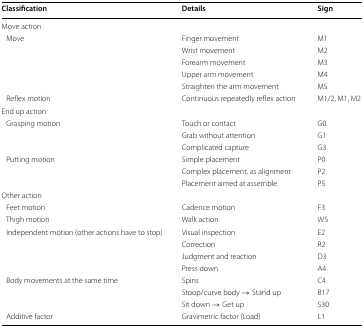
<table><thead><tr><td><b>Classification</b></td><td><b>Details</b></td><td><b>Sign</b></td></tr></thead><tbody><tr><td colspan="3">Move action</td></tr><tr><td rowspan="5"> Move</td><td>Finger movement</td><td>M1</td></tr><tr><td>Wrist movement</td><td>M2</td></tr><tr><td>Forearm movement</td><td>M3</td></tr><tr><td>Upper arm movement</td><td>M4</td></tr><tr><td>Straighten the arm movement</td><td>M5</td></tr><tr><td> Reflex motion</td><td>Continuous repeatedly reflex action</td><td>M1/2, M1, M2</td></tr><tr><td colspan="3">End up action</td></tr><tr><td rowspan="3"> Grasping motion</td><td>Touch or contact</td><td>G0</td></tr><tr><td>Grab without attention</td><td>G1</td></tr><tr><td>Complicated capture</td><td>G3</td></tr><tr><td rowspan="3"> Putting motion</td><td>Simple placement</td><td>P0</td></tr><tr><td>Complex placement, as alignment</td><td>P2</td></tr><tr><td>Placement aimed at assemble</td><td>P5</td></tr><tr><td colspan="3">Other action</td></tr><tr><td> Feet motion</td><td>Cadence motion</td><td>F3</td></tr><tr><td> Thigh motion</td><td>Walk action</td><td>W5</td></tr><tr><td rowspan="4"> Independent motion (other actions have to stop)</td><td>Visual inspection</td><td>E2</td></tr><tr><td>Correction</td><td>R2</td></tr><tr><td>Judgment and reaction</td><td>D3</td></tr><tr><td>Press down</td><td>A4</td></tr><tr><td rowspan="3"> Body movements at the same time</td><td>Spins</td><td>C4</td></tr><tr><td>Stoop/curve body → Stand up</td><td>B17</td></tr><tr><td>Sit down → Get up</td><td>S30</td></tr><tr><td> Additive factor</td><td>Gravimetric factor (Load)</td><td>L1</td></tr></tbody></table>